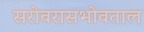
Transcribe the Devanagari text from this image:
सरोवरासभोवताल